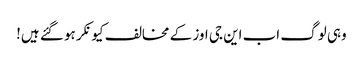
وہی لوگ اب این جی اوز کے مخالف کیونکر ہو گئے ہیں!